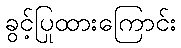
ခွင့်ပြုထားကြောင်း